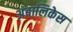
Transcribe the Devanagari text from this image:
अंबालिकेस